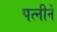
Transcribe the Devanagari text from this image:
पत्नीनें